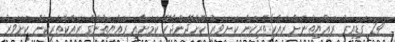
24 ގަޑިއިރު ރައްޔިތުނަށް ރައްކާތެރިކަން ކަށަވަރު ކޮށްދޭންޖެހޭ ކަމަށާއި ރައްޔިތުންގެ ރައްކާތެރިކަން ކަށަވަރު